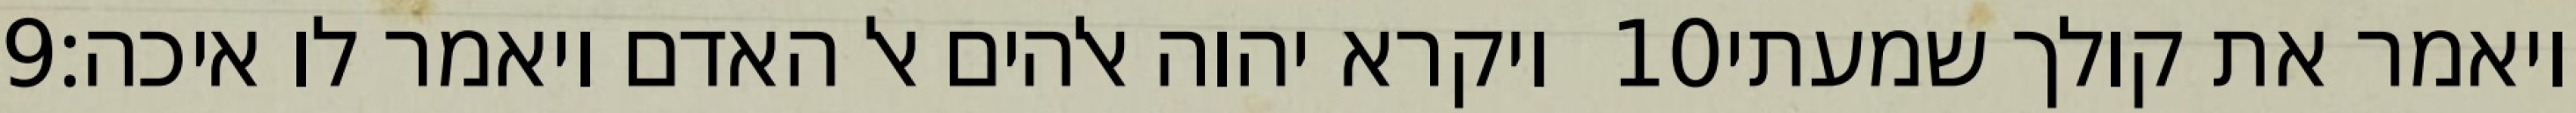
‎9‏ ויקרא יהוה אלהים אל האדם ויאמר לו איכה׃ ‎10‏ ויאמר את קולך שמעתי